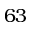
6 3